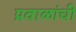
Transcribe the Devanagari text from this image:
प्रवाळांची